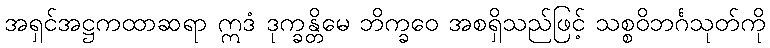
အရှင်အဋ္ဌကထာဆရာ ဣဒံ ဒုက္ခန္တိမေ ဘိက္ခဝေ အစရှိသည်ဖြင့် သစ္စဝိဘင်္ဂသုတ်ကို